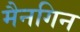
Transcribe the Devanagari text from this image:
मैनगिन